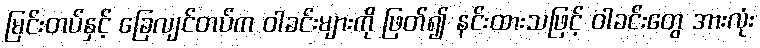
မြင်းတပ်နှင့် ခြေလျင်တပ်က ဝါခင်းများကို ဖြတ်၍ နင်းထားသဖြင့် ဝါခင်းတွေ အားလုံး